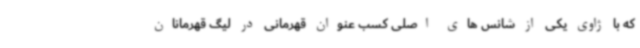
که با ژاوی یکی از شانس های اصلی کسب عنوان قهرمانی در لیگ قهرمانان